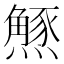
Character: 𭶝